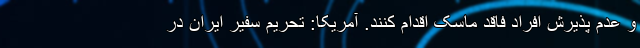
و عدم پذیرش افراد فاقد ماسک اقدام کنند. آمریکا: تحریم سفیر ایران در